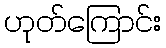
ဟုတ်ကြောင်း